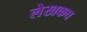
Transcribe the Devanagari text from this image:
लेखकच